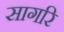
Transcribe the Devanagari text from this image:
सागरि